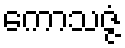
ကောသဇ္ဇံ